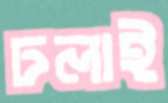
ঢলাই